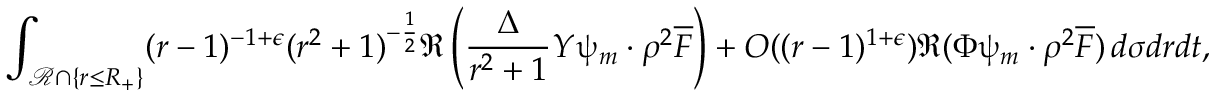
\int _ { \mathcal { R } \cap \{ r \leq R _ { + } \} } ( r - 1 ) ^ { - 1 + \epsilon } ( r ^ { 2 } + 1 ) ^ { - \frac { 1 } { 2 } } \Re \left( \frac { \Delta } { r ^ { 2 } + 1 } Y \uppsi _ { m } \cdot \rho ^ { 2 } \overline { { F } } \right) + O ( ( r - 1 ) ^ { 1 + \epsilon } ) \Re ( \Phi \uppsi _ { m } \cdot \rho ^ { 2 } \overline { { F } } ) \, d \sigma d r d t ,